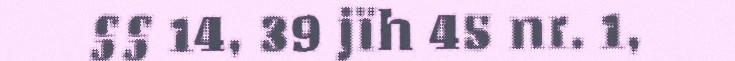
§§ 14, 39 jïh 45 nr. 1,